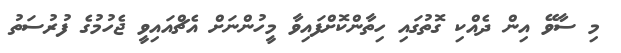
މި ސާވޭ އިން ދެއްކި ގޮތުގައި ހިތާންކޮށްފައިވާ މީހުންނަށް އެޗްއައިވީ ޖެހުމުގެ ފުރުސަތު